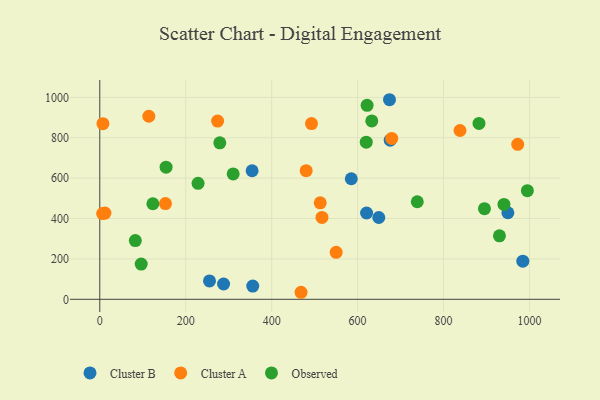
{"axis": {"x": "Engine Size", "y": "Rating"}, "legend": ["Cluster A", "Cluster B", "Observed"], "data": [{"x": "255.3", "y": 90.8, "type": "Cluster B"}, {"x": "675.9", "y": 787.8, "type": "Cluster B"}, {"x": "288.1", "y": 75.8, "type": "Cluster B"}, {"x": "984.5", "y": 188.8, "type": "Cluster B"}, {"x": "649.3", "y": 405.1, "type": "Cluster B"}, {"x": "674.2", "y": 988.3, "type": "Cluster B"}, {"x": "949.7", "y": 428.5, "type": "Cluster B"}, {"x": "620.9", "y": 427.3, "type": "Cluster B"}, {"x": "356.0", "y": 65.4, "type": "Cluster B"}, {"x": "585.3", "y": 596.9, "type": "Cluster B"}, {"x": "354.5", "y": 636.5, "type": "Cluster B"}, {"x": "468.4", "y": 34.8, "type": "Cluster A"}, {"x": "480.3", "y": 637.0, "type": "Cluster A"}, {"x": "517.1", "y": 405.6, "type": "Cluster A"}, {"x": "492.7", "y": 870.0, "type": "Cluster A"}, {"x": "6.6", "y": 424.7, "type": "Cluster A"}, {"x": "12.0", "y": 426.9, "type": "Cluster A"}, {"x": "114.1", "y": 906.4, "type": "Cluster A"}, {"x": "7.3", "y": 869.9, "type": "Cluster A"}, {"x": "513.0", "y": 477.7, "type": "Cluster A"}, {"x": "550.1", "y": 232.7, "type": "Cluster A"}, {"x": "838.3", "y": 835.9, "type": "Cluster A"}, {"x": "152.8", "y": 474.1, "type": "Cluster A"}, {"x": "972.6", "y": 767.6, "type": "Cluster A"}, {"x": "274.2", "y": 882.4, "type": "Cluster A"}, {"x": "679.4", "y": 796.6, "type": "Cluster A"}, {"x": "154.3", "y": 654.4, "type": "Observed"}, {"x": "622.1", "y": 960.8, "type": "Observed"}, {"x": "82.7", "y": 290.9, "type": "Observed"}, {"x": "882.5", "y": 871.0, "type": "Observed"}, {"x": "940.6", "y": 469.9, "type": "Observed"}, {"x": "995.1", "y": 537.9, "type": "Observed"}, {"x": "633.0", "y": 883.5, "type": "Observed"}, {"x": "123.5", "y": 473.1, "type": "Observed"}, {"x": "228.7", "y": 574.3, "type": "Observed"}, {"x": "96.4", "y": 174.5, "type": "Observed"}, {"x": "279.3", "y": 774.9, "type": "Observed"}, {"x": "895.2", "y": 449.0, "type": "Observed"}, {"x": "738.9", "y": 483.1, "type": "Observed"}, {"x": "310.4", "y": 620.8, "type": "Observed"}, {"x": "930.1", "y": 314.3, "type": "Observed"}, {"x": "620.1", "y": 778.2, "type": "Observed"}]}